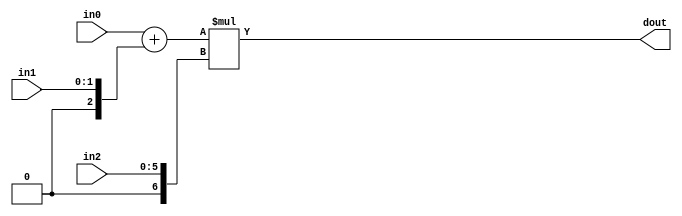
module convolve_kernel_adEe_DSP48_0(
    input  [5 - 1:0] in0,
    input  [2 - 1:0] in1,
    input  [6 - 1:0] in2,
    output [9 - 1:0]  dout);

wire signed [18 - 1:0]     b;
wire signed [25 - 1:0]     a;
wire signed [25 - 1:0]     d;
wire signed [43 - 1:0]     m;
wire signed [25 - 1:0]    ad;

assign a = $signed(in0);
assign d = $unsigned(in1);
assign b = $unsigned(in2);

assign ad = a + d;
assign m  = ad * b;

assign dout = m;

endmodule